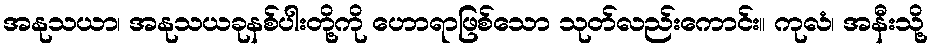
အနုသယာ၊ အနုသယခုနစ်ပါးတို့ကို ဟောရာဖြစ်သော သုတ်လည်းကောင်း။ ကုလံ၊ အနီးသို့